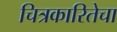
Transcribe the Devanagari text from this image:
चित्रकारितेचा